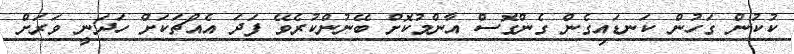
ކުކުން ގަހުން ކަނޑައިގެން ގެންގޮސް އާންމުކޮށް ބޭނުންކުރެވޭ ފަދަ އެއްޗަކަށް ހަދަނީ ވަރަށް